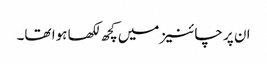
ان پر چائنیز میں‌کچھ لکھا ہوا تھا۔